Report on vaccination in Madras 1904-1921 - 1904-1921
Year: 1904
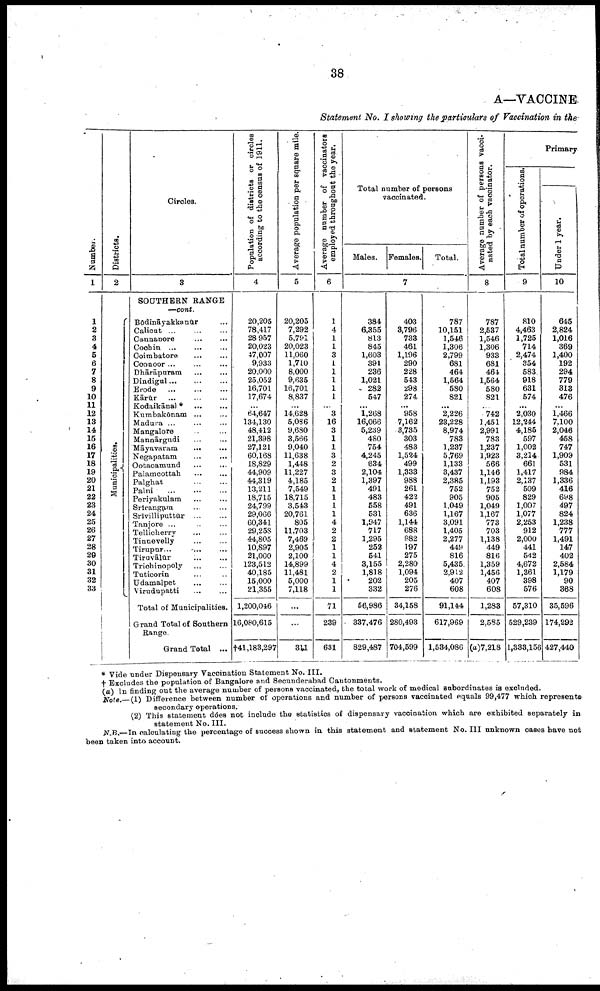
38
A—VACCINE
Statement No. I showing the particulars of Vaccination in the
Number.
1
1
2
3
4
6
6
7
8
9
10
11
12
13
14
15
16
17
18
19
20
21
22
23
24
25
26
27
28
29
30
31
32
33
Districts.
2
Municipalities.
Circles.
3
SOUTHERN RANGE
—cont.
Bódināyakkanúrā
Calicut... ... ...
Cannanore... ...
Cochin... ...
Coimbatore...
...
Coonoor... ...
Dhārāpuram...
...
Dindigul... ... ...
Erode...
...
...
Kārtúr...
...
...
Kodaikānal * ... ...
...
Kumbakónam... ...
Madura... ... ...
Mangalore.. ...
Mannārgudi... ...
Māyavaram
...
...
Negapatam
...
...
Ootacamund... ...
Palamcottah...
...
Palghat... ...
Palni... ...
...
Periyakulam... ...
Srirangam... ...
Srivilliputtúr... ...
Tanjore ...
Tellicherry... ...
Tinnevelly... ... ...
Tirupur... ... ...
Tiruvālur... ...
Trichinopoly...
...
Tuticorin... ...
Udamalpet... ...
Virudupatti.. ...
Total of Municipalities.
Grand Total of Southern
Range.
Grand Total ...
Population of districts or circles
according to the census of 1911.
4
20,205
78,417
28,957
20,023
47,007
9,933
20,000
25,052
16,701
17,674
...
64,647
134,130
48,412
21,398
27,121
60,168
18,829
44,909
44,319
13,211
18,715
24,799
29,066
60,341
29,258
44,805
10,897
21,000
123,512
40,185
15,000
21,355
1,200,046
16,080,615
†41,183,297
Average population per square mile.
5
20,205
7,292
5,791
20,023
11,060
1,710
8,000
9,635
16,701
8,837
...
14,628
5,086
9,680
3,566
9,040
11,638
1,448
11,227
4,185
7,549
18,715
3,543
20,761
805
11,703
7,469
2,905
2,100
14,899
11,481
5,000
7,118
...
...
311
Average number of vaccinators
employed throughout the year.
6
1
4
1
1
3
1
1
1
1
1
...
3
16
3
1
1
3
2
3
2
1
1
1
1
4
2
2
1
1
4
2
1
1
71
239
631
Total number of persons
vaccinated.
Males.
384
6,355
813
845
1,603
391
236
1,021
282
547
...
1,268
16,066
5,239
480
754
4,245
834
2,104
1,397
491
483
558
531
1,947
717
1,295
252
541
3,155
1,818
202
332
56,986
337,476
829,487
Females.
7
403
3,796
733
461
1,196
290
228
543
298
274
...
958
7,162
3,735
303
483
1,524
499
1,333
988
261
422
491
636
1,144
688
982
197
275
2,280
1,094
205
276
34,158
280,493
704,599
Total.
787
10,151
1,546
1,306
2,799
681
464
1,564
580
821
...
2,226
23,228
8,974
783
1,237
5,769
1,133
3,437
2,385
752
905
1,049
1,167
3,091
1,405
2,277
449
816
5,435
2,912
407
608
91,144
617,969
1,534,086
Average number of persons vacci
nated by each vaccinator.
8
787
2,537
1,546
1,306
933
681
461
1,564
580
821
...
742
1,451
2,991
783
1,237
1,923
566
1,146
1,193
752
905
1,049
1,167
773
703
1,138
449
816
1,359
1,456
407
608
1,283
2,585
(a)7,218
Primary
Total number of operations.
9
810
4,463
1,725
714
2,474
354
583
918
631
574
...
2,030
12,244
4,185
597
1,002
3,214
661
1,417
2,137
509
829
1,007
1,077
2,253
912
2,000
441
542
4,672
1,361
398
576
57,310
529,239
1,333,156
Under 1 year.
10
645
2,824
1,016
369
1,400
192
294
779
313
476
...
1,466
7,100
2,046
458
747
1,909
531
984
1,336
416
698
497
824
1,238
777
1,491
147
402
2,584
1,179
90
368
35,596
174,292
427,440
* Vide under Dispensary Vaccination Statement No. III.
† Excludes the population of Bangalore and Secunderabad Cantonments.
(a) In finding out the average number of persons vaccinated, the total work of medical subordinates is excluded.
Note.—(1) Difference between number of operations and number of persons vaccinated equals 99,477 which represents
secondary operations.
(2) This statement does not include the statistics of dispensary vaccination which are exhibited separately in
statement No. III.
N.B. In calculating the percentage of success shown in this statement and statement No. III unknown cases have not
been taken into account.